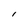
Character: I